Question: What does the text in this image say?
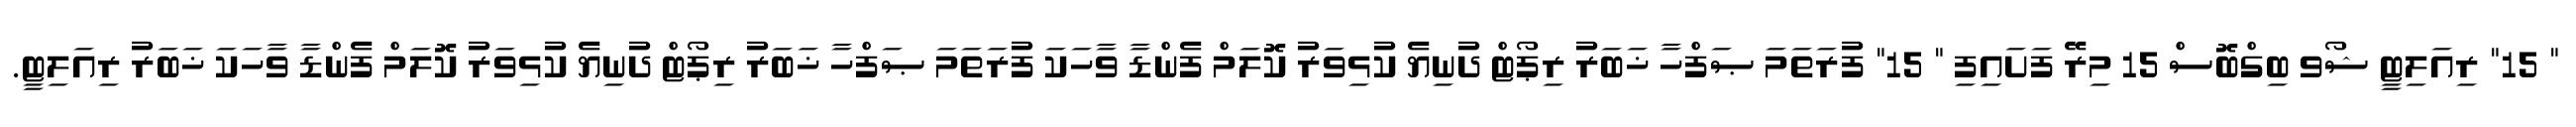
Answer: " 15" ރިއަލިޓީ ޝޯވ ބިގްބޮސް 15 މިރޭ ފަށައިފި " 15" ފުރަތަމަ ޞަފްހާ ޚަބަރު ރިޕޯޓް ދުނިޔެ ކުޅިވަރު ކޮލަމް ފެންޑާ ވާހަކަ ފުރަތަމަ ޞަފްހާ ޚަބަރު ރިޕޯޓް ދުނިޔެ ކުޅިވަރު ކޮލަމް ފެންޑާ ވާހަކަ ޚަބަރު ރިއަލިޓީ.